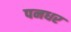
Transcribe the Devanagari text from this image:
पनधर